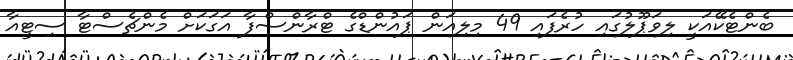
ބެންޓެކޭއަކީ ލިވަޕޫލުގައި ހުރެފައި 49 މިލިއަން ޕައުންޑްގެ ޓްރާންސްފާ އަގަކަށް މެންޗެސްޓާ ސިޓީއާ